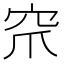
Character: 𮃹